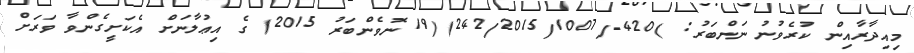
މިއިދާރާއިން ކުރެވުނު ނަންބަރު: )420-/242/2015/1007)(19 ނޮވެންބަރު 2015) ގެ އިޢުލާނަށް އެކަށީގެންވާ ވަރަށް